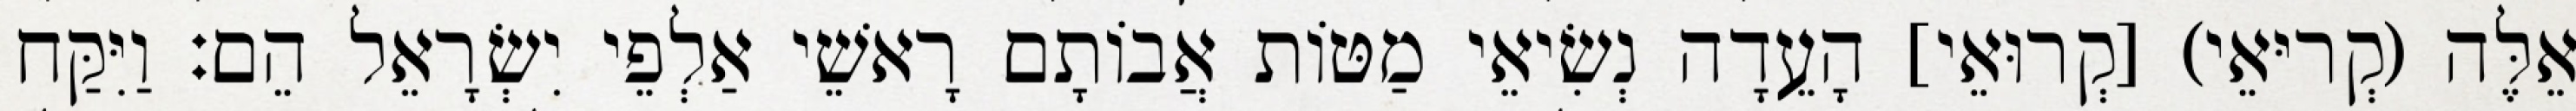
אֵלֶּה (קְריּאֵי) [קְרוּאֵי] הָעֵדָה נְשִׂיאֵי מַטּוֹת אֲבוֹתָם רָאשֵׁי אַלְפֵי יִשְׂרָאֵל הֵם׃ וַיִּקַּח